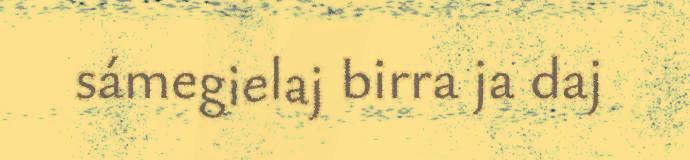
sámegielaj birra ja daj